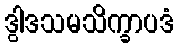
ဒွါဒသမသိက္ခာပဒံ